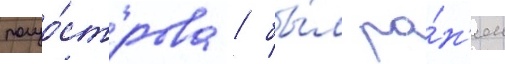
полуо́строва / бы́л ра́н'ен